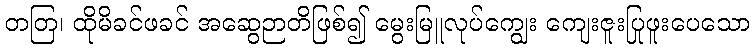
တတြ၊ ထိုမိခင်ဖခင် အဆွေဉာတိဖြစ်၍ မွေးမြူလုပ်ကျွေး ကျေးဇူးပြုဖူးပေသော